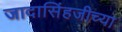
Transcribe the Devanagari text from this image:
जादासिंहजीच्या